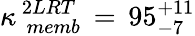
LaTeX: \kappa_{\, \, memb}^{\, 2LRT}\, =\, 95_{-7}^{+11}